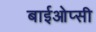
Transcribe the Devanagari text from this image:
बाईओप्सी